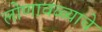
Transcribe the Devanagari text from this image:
लोणावळ्याचे